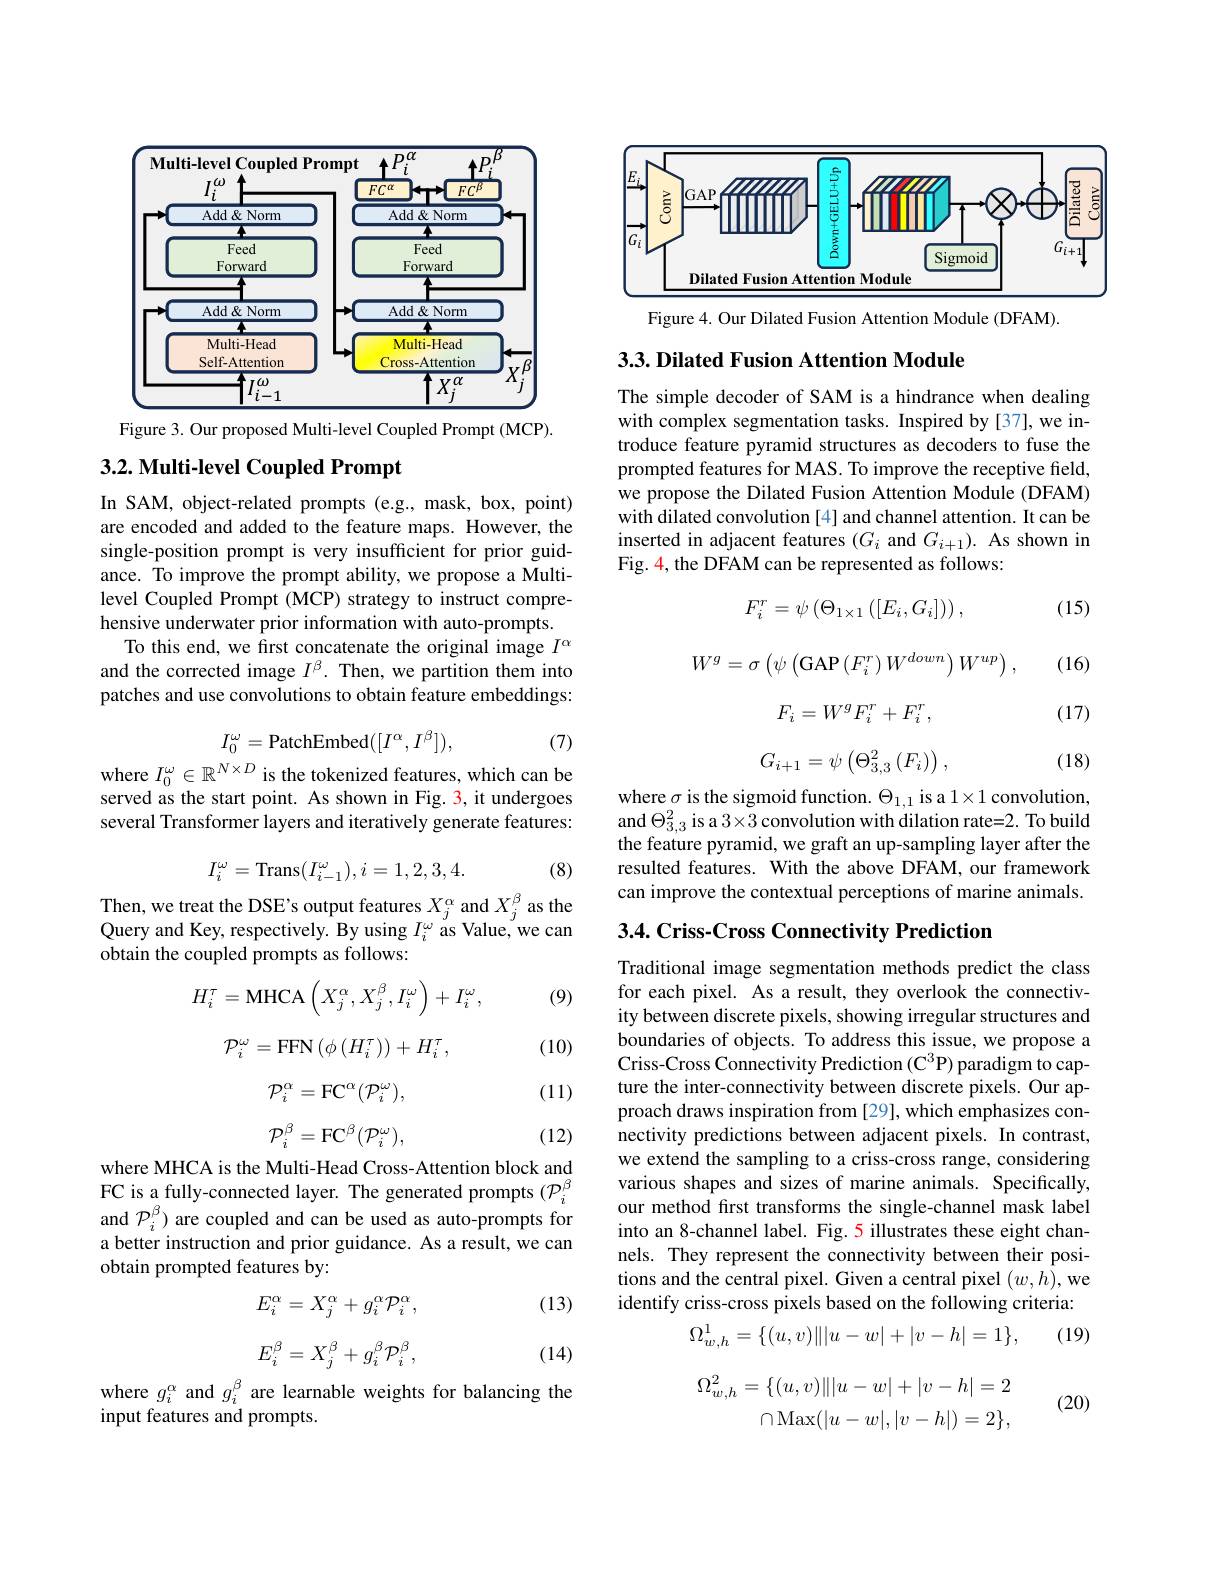
<FigureHere>

Figure 3. Our proposed Multi-level Coupled Prompt (MCP).

# 3.2. Multi-level Coupled Prompt

In SAM, object-related prompts (e.g., mask, box, point) are encoded and added to the feature maps. However, the single-position prompt is very insufficient for prior guidance. To improve the prompt ability, we propose a Multilevel Coupled Prompt (MCP) strategy to instruct comprehensive underwater prior information with auto-prompts.
To this end, we first concatenate the original image $I^\alpha$ and the corrected image $I^\beta.$ Then, we partition them into patches and use convolutions to obtain feature embeddings:
$$I_0^\omega=\text{PatchEmbed}([I^\alpha,I^\beta]),$$
(7)

where $I_0^\omega\in\mathbb{R}^{N\times D}$ is the tokenized features, which can be served as the start point. As shown in Fig. 3, it undergoes several Transformer layers and iteratively generate features:

(8)
$$I_i^\omega=\mathrm{Trans}(I_{i-1}^\omega),i=1,2,3,4.$$
Then, we treat the DSE's output features $X_j^\alpha$ and $X_j^\beta$ as the Query and Key, respectively. By using $I_i^{\omega}$ as Value,$^{\prime}$we can obtain the coupled prompts as follows:
$$H_i^\tau=\text{MHCA}\left(X_j^\alpha,X_j^\beta,I_i^\omega\right)+I_i^\omega,$$
(9)

(10)

(11)
$$\mathcal{P}_i^\omega=\mathrm{FFN}\left(\phi\left(H_i^\tau\right)\right)+H_i^\tau,$$
$$\mathcal{P}_i^\alpha=\mathrm{FC}^\alpha(\mathcal{P}_i^\omega),$$
$$\mathcal{P}_{i}^{\beta}=\mathrm{FC}^{\beta}(\mathcal{P}_{i}^{\omega}),$$
(12)

where MHCA is the Multi-Head Cross-Attention block and FC is a fully-connected layer. The generated prompts $(\mathcal{P}_i^\beta$ and $\mathcal{P}_i^\beta)$ are coupled and can be used as auto-prompts for a better instruction and prior guidance. As a result, we can obtain prompted features by:

(13)
$$E_i^\alpha=X_j^\alpha+g_i^\alpha\mathcal{P}_i^\alpha,$$
$$E_i^\beta=X_j^\beta+g_i^\beta\mathcal{P}_i^\beta,$$
(14)

where $g_i^\alpha$ and $g_i^\beta$ are learnable weights for balancing the
input features and prompts.

<FigureHere>

Figure 4. Our Dilated Fusion Attention Module (DFAM).

## 3.3. Dilated Fusion Attention Module

The simple decoder of SAM is a hindrance when dealing with complex segmentation tasks. Inspired by [37], we introduce feature pyramid structures as decoders to fuse the prompted features for MAS. To improve the receptive field, we propose the Dilated Fusion Attention Module (DFAM) with dilated convolution [4] and channel attention. It can be inserted in adjacent features $(G_i$ and $G_i+1).$ As shown in Fig. 4, the DFAM can be represented as follows:

(15)

(16)
$$F_{i}^{r}=\psi\left(\Theta_{1\times1}\left([E_{i},G_{i}]\right)\right),$$
$$W^g=\sigma\left(\psi\left(\mathrm{GAP}\left(F_i^r\right)W^{down}\right)W^{up}\right),$$
$$F_i=W^gF_i^r+F_i^r,$$
$$G_{i+1}=\psi\left(\Theta_{3,3}^{2}\left(F_{i}\right)\right),$$
(17)

(18)

where $\sigma$ is the sigmoid function. $\Theta_1,1$ is a $1\times1$ convolution, and $\Theta_{3,3}^{2}$ is a $3\times3$ convolution with dilation rate=2. To build the feature pyramid, we graft an up-sampling layer after the resulted features. With the above DFAM, our framework can improve the contextual perceptions of marine animals.

3.4. Criss- Cross Connectivity Prediction

Traditional image segmentation methods predict the class for each pixel. As a result, they overlook the connectivity between discrete pixels, showing irregular structures and boundaries of objects. To address this issue, we propose a Criss-Cross Connectivity Prediction (C^3P) paradigm to capture the inter-connectivity between discrete pixels. Our approach draws inspiration from [29], which emphasizes connectivity predictions between adjacent pixels. In contrast, we extend the sampling to a criss-cross range, considering various shapes and sizes of marine animals. Specifically, our method first transforms the single-channel mask label into an 8-channel label. Fig. 5 illustrates these eight channels. They represent the connectivity between their positions and the central pixel. Given a central pixel $(w,h)$, we identify criss-cross pixels based on the following criteria:
$$\Omega_{w,h}^1=\{(u,v)\||u-w|+|v-h|=1\},$$
(19)
$$\begin{aligned}\Omega_{w,h}^{2}&=\{(u,v)\||u-w|+|v-h|=2\\\Omega_{w,h}^{2}&=\{(u,v)\||u-w|+|v-h|=2\\&\cap\mathrm{Max}(|u-w|,|v-h|)=2\},\end{aligned}$$
(20)